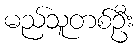
မည်သူတစ်ဦး